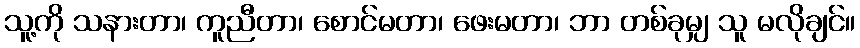
သူ့ကို သနားတာ၊ ကူညီတာ၊ စောင်မတာ၊ ဖေးမတာ၊ ဘာ တစ်ခုမျှ သူ မလိုချင်။